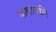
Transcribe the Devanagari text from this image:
कथांजलि